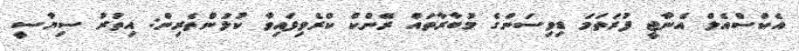
އެކްސްއެލް އެނާޖީ ފުރަތަމަ ޑިވިސަންގެ މުބާރާތައް ރޭންކް ކްރެވިފައިވާ ކުޅުންތެރިން: އިތުރު ސިޔާސީ